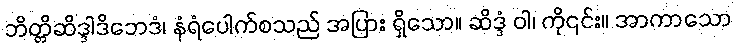
ဘိတ္တိဆိဒ္ဒါဒိဘေဒံ၊ နံရံပေါက်စသည် အပြား ရှိသော။ ဆိဒ္ဒံ ဝါ၊ ကို၎င်း။ အာကာသော